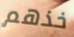
خذهم